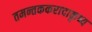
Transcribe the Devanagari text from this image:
तमन्तककरादाकृष्य